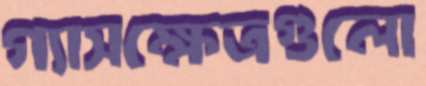
গ্যাসক্ষেত্রগুলো